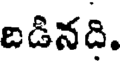
దిడినది.